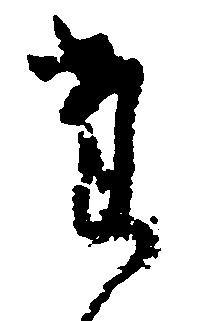
た